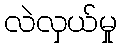
လဲလှယ်မှု